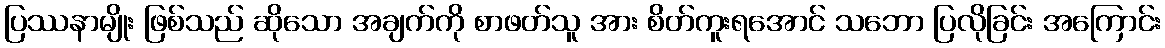
ပြဿနာမျိုး ဖြစ်သည် ဆိုသော အချက်ကို စာဖတ်သူ အား စိတ်ကူးရအောင် သဘော ပြလိုခြင်း အကြောင်း